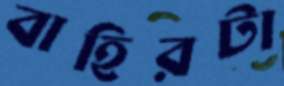
বাহিরটা